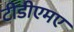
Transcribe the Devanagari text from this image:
टीडीएमए